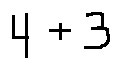
4 + 3